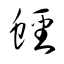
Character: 蟶